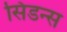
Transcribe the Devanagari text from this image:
सिडन्स